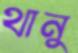
থানু